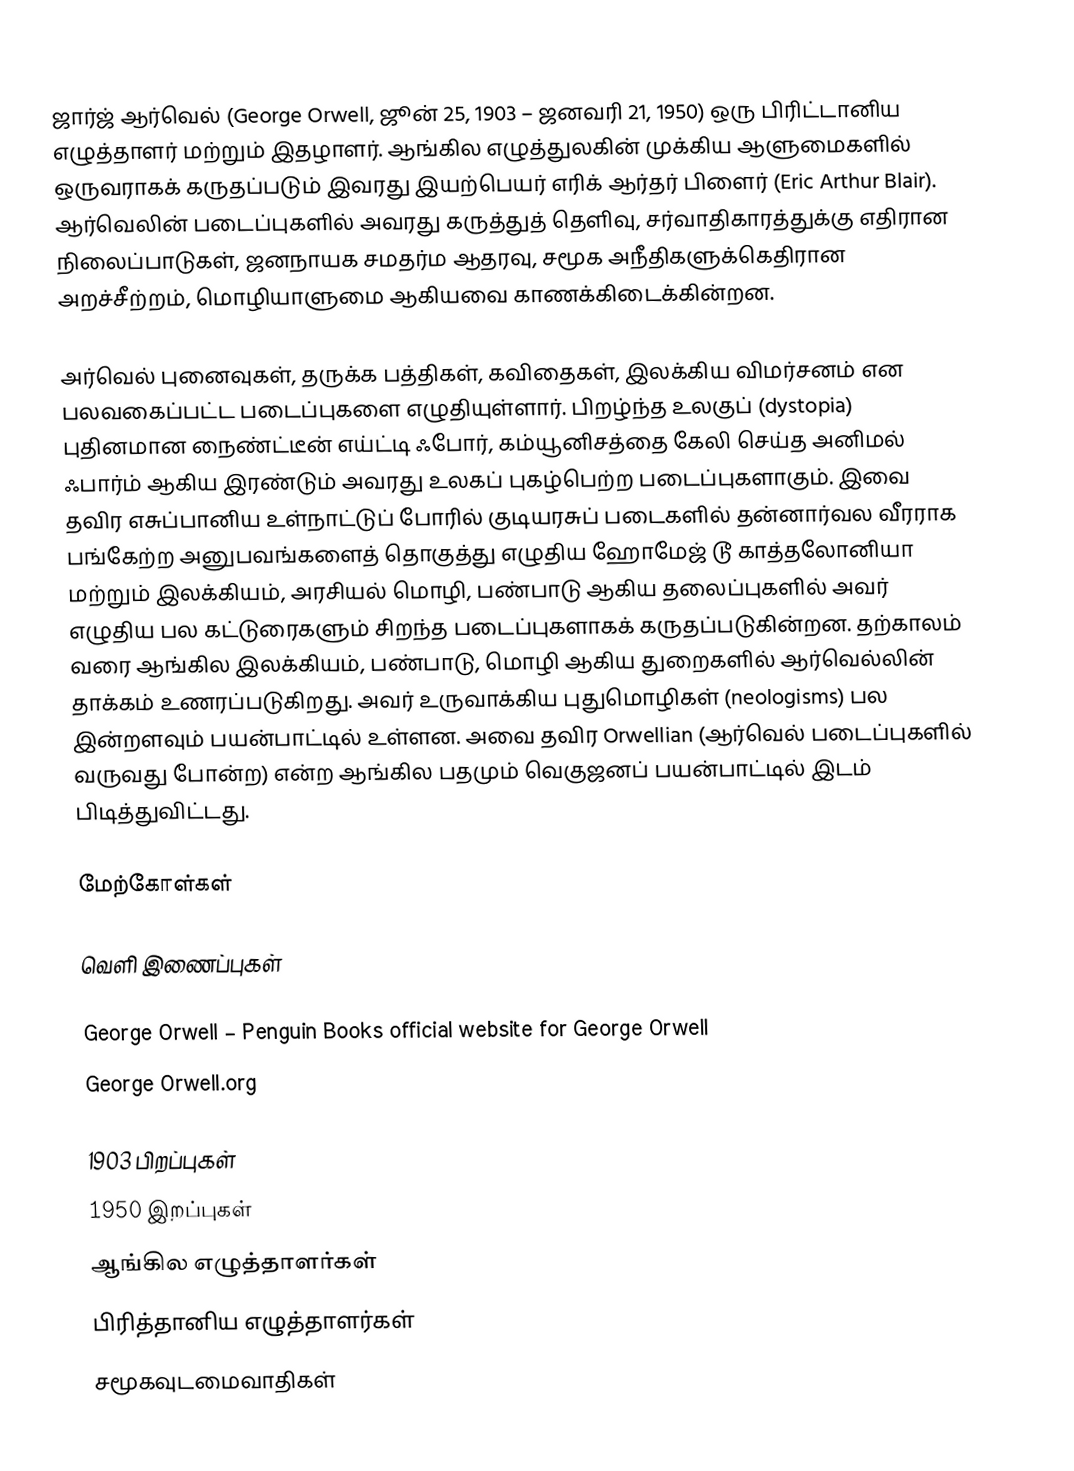
ஜார்ஜ் ஆர்வெல் (George Orwell, ஜூன் 25, 1903 – ஜனவரி 21, 1950) ஒரு பிரிட்டானிய எழுத்தாளர் மற்றும் இதழாளர். ஆங்கில எழுத்துலகின் முக்கிய ஆளுமைகளில் ஒருவராகக் கருதப்படும் இவரது இயற்பெயர் எரிக் ஆர்தர் பிளைர் (Eric Arthur Blair). ஆர்வெலின் படைப்புகளில் அவரது கருத்துத் தெளிவு, சர்வாதிகாரத்துக்கு எதிரான நிலைப்பாடுகள்,  ஜனநாயக சமதர்ம ஆதரவு, சமூக அநீதிகளுக்கெதிரான அறச்சீற்றம், மொழியாளுமை ஆகியவை காணக்கிடைக்கின்றன.

அர்வெல் புனைவுகள், தருக்க பத்திகள், கவிதைகள், இலக்கிய விமர்சனம் என பலவகைப்பட்ட படைப்புகளை எழுதியுள்ளார். பிறழ்ந்த உலகுப் (dystopia) புதினமான நைண்ட்டீன் எய்ட்டி ஃபோர், கம்யூனிசத்தை கேலி செய்த அனிமல் ஃபார்ம் ஆகிய இரண்டும் அவரது உலகப் புகழ்பெற்ற படைப்புகளாகும். இவை தவிர எசுப்பானிய உள்நாட்டுப் போரில் குடியரசுப் படைகளில் தன்னார்வல வீரராக பங்கேற்ற அனுபவங்களைத் தொகுத்து எழுதிய ஹோமேஜ் டூ காத்தலோனியா மற்றும் இலக்கியம், அரசியல் மொழி, பண்பாடு ஆகிய தலைப்புகளில் அவர் எழுதிய பல கட்டுரைகளும் சிறந்த படைப்புகளாகக் கருதப்படுகின்றன. தற்காலம் வரை ஆங்கில இலக்கியம், பண்பாடு, மொழி ஆகிய துறைகளில் ஆர்வெல்லின் தாக்கம் உணரப்படுகிறது. அவர் உருவாக்கிய புதுமொழிகள் (neologisms) பல இன்றளவும் பயன்பாட்டில் உள்ளன. அவை தவிர Orwellian (ஆர்வெல் படைப்புகளில் வருவது போன்ற) என்ற ஆங்கில பதமும் வெகுஜனப் பயன்பாட்டில் இடம் பிடித்துவிட்டது.

மேற்கோள்கள்

வெளி இணைப்புகள்

George Orwell – Penguin Books official website for George Orwell
George Orwell.org

1903 பிறப்புகள்
1950 இறப்புகள்
ஆங்கில எழுத்தாளர்கள்
பிரித்தானிய எழுத்தாளர்கள்
சமூகவுடமைவாதிகள்